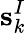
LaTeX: \textbf{s}_{k}^{I}